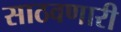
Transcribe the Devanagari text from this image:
साठवणारी